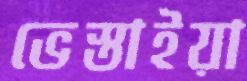
ভেস্তাইয়া